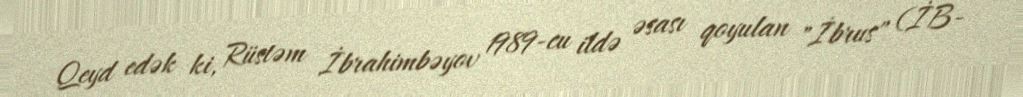
Qeyd edək ki, Rüstəm İbrahimbəyov 1989-cu ildə əsası qoyulan "İbrus" (İB-